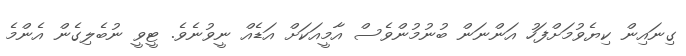
ގިނައިން ކިޔެވުމަށްފަހު އަންނަން ބުނުމުންވެސް އާމީއަކަށް އަޑެއް ނީވުނެވެ. ޓީވީ ނުބެލިގެން އެންމެ